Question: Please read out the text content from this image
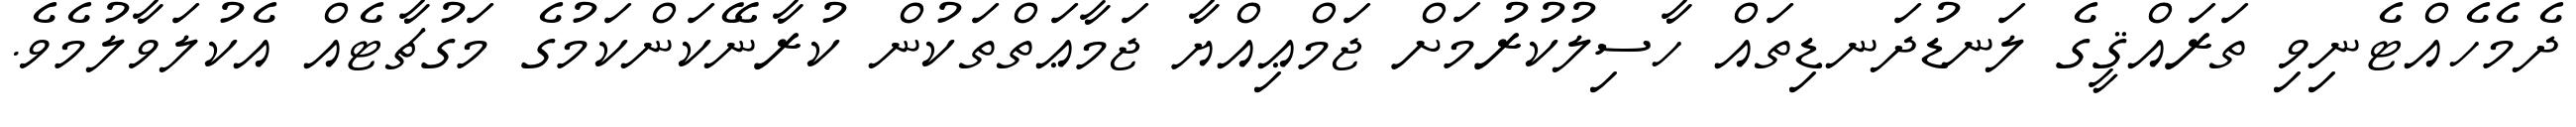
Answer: ދެމެހެއްޓެނިވި ތަރައްޤީގެ ލަނޑުދަނޑިތައް ހާސިލުކުރުމަށް ޖަމްޢިއްޔާ ޖަމާޢަތްތަކުން ކުރާނޭކަންކަމުގެ މަގުޗާޓެއް އެކުލަވާލުމެވެ.